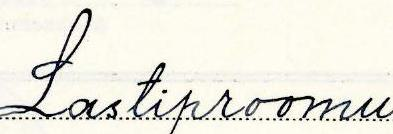
Lastiproomu